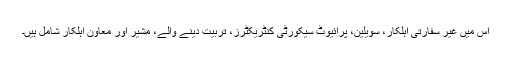
اس میں غیر سفارتی اہلکار، سویلین، پرائیوٹ سیکورٹی کنٹریکٹرز، تربیت دینے والے، مشیر اور معاون اہلکار شامل ہیں۔